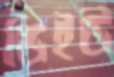
ডিইউ